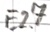
Text: E2.7